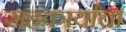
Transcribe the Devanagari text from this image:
सहकार्यांचा